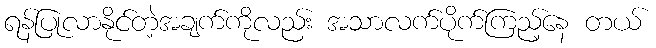
ရန်ပြုလာနိုင်တဲ့အချက်ကိုလည်း အသာလက်ပိုက်ကြည့်နေ တယ်